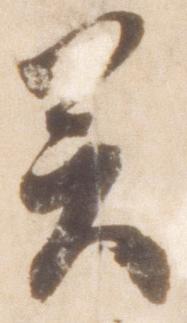
癸